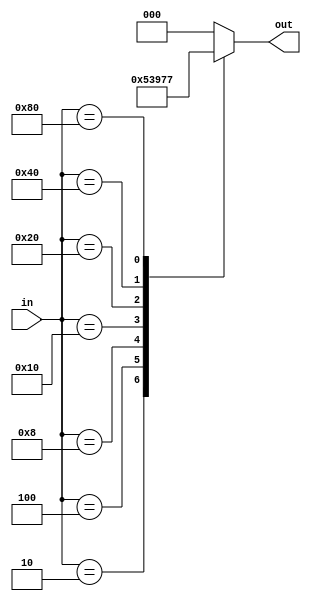
//Design

/*module encoder_8x3(Y0,Y1,Y2,D0,D1,D2,D3,D4,D5,D6,D7);
input D0,D1,D2,D3,D4,D5,D6,D7;
output Y0,Y1,Y2;
assign Y0=D1|D3|D5|D7;
assign Y1=D2|D3|D6|D7;
assign Y2=D4|D5|D6|D7;
endmodule*/
module encoder_8x3(input [7:0] in,output reg [2:0] out);

  always @ (*) begin
    case(in)
      8'b00000001: out = 3'b000;
      8'b00000010: out = 3'b001;
      8'b00000100: out = 3'b010;
      8'b00001000: out = 3'b011;
      8'b00010000: out = 3'b100;
      8'b00100000: out = 3'b101;
      8'b01000000: out = 3'b110;
      8'b10000000: out = 3'b111;
      default: out = 3'b000; 
    endcase
  end

endmodule

//Test Bench:

/*module encoder_8x3_tb();
reg D0,D1,D2,D3,D4,D5,D6,D7;
wire Y0,Y1,Y2;
encoder_8x3 en1(Y0,Y1,Y2,D0,D1,D2,D3,D4,D5,D6,D7);
initial
begin
$monitor($time," D0=%b D1=%b D2=%b D3=%b D4=%b D5=%b D6=%b D7=%b Y0=%b Y1=%b Y2=%b",D0,D1,D2,D3,D4,D5,D6,D7,Y0,Y1,Y2);
end
initial
begin
	D0=1'b1; D1=1'b0; D2=1'b0; D3=1'b0; D4=1'b0; D5=1'b0; D6=1'b0; D7=1'b0;
	#5;
	D0=1'b0; D1=1'b1; D2=1'b0; D3=1'b0; D4=1'b0; D5=1'b0; D6=1'b0; D7=1'b0;
	#5;
	D0=1'b0; D1=1'b0; D2=1'b1; D3=1'b0; D4=1'b0; D5=1'b0; D6=1'b0; D7=1'b0;
	#5;
	D0=1'b0; D1=1'b0; D2=1'b0; D3=1'b1; D4=1'b0; D5=1'b0; D6=1'b0; D7=1'b0;
	#5;
	D0=1'b0; D1=1'b0; D2=1'b0; D3=1'b0; D4=1'b1; D5=1'b0; D6=1'b0; D7=1'b0;
	#5;
	D0=1'b0; D1=1'b0; D2=1'b0; D3=1'b0; D4=1'b0; D5=1'b1; D6=1'b0; D7=1'b0;
	#5;
	D0=1'b0; D1=1'b0; D2=1'b0; D3=1'b0; D4=1'b0; D5=1'b0; D6=1'b1; D7=1'b0;
	#5;
	D0=1'b0; D1=1'b0; D2=1'b0; D3=1'b0; D4=1'b0; D5=1'b0; D6=1'b0; D7=1'b1;
	#5;
end
initial
begin
$dumpfile("encoder_8x3.dump");
$dumpvars(0,encoder_8x3_tb);
end
endmodule*/
module encoder_8x3_tb();
  reg [7:0] in;
  wire [2:0] out;

encoder_8x3 en1(.in(in),.out(out));

integer i;
initial begin
$monitor($time," D7=%b D6=%b D5=%b D4=%b D3=%b D2=%b D1=%b D0=%b out[2]=%b out[1]=%b out[0]=%b",in[7],in[6],in[5],in[4],in[3],in[2],in[1],in[0],out[2],out[1],out[0]);
end
initial
begin
	in[0]=1'b1; in[1]=1'b0; in[2]=1'b0; in[3]=1'b0; in[4]=1'b0; in[5]=1'b0; in[6]=1'b0; in[7]=1'b0;
	#5;
	in[0]=1'b0; in[1]=1'b1; in[2]=1'b0; in[3]=1'b0; in[4]=1'b0; in[5]=1'b0; in[6]=1'b0; in[7]=1'b0;
	#5;
	in[0]=1'b0; in[1]=1'b0; in[2]=1'b1; in[3]=1'b0; in[4]=1'b0; in[5]=1'b0; in[6]=1'b0; in[7]=1'b0;
	#5;
	in[0]=1'b0; in[1]=1'b0; in[2]=1'b0; in[3]=1'b1; in[4]=1'b0; in[5]=1'b0; in[6]=1'b0; in[7]=1'b0;
	#5;
	in[0]=1'b0; in[1]=1'b0; in[2]=1'b0; in[3]=1'b0; in[4]=1'b1; in[5]=1'b0; in[6]=1'b0; in[7]=1'b0;
	#5;
	in[0]=1'b0; in[1]=1'b0; in[2]=1'b0; in[3]=1'b0; in[4]=1'b0; in[5]=1'b1; in[6]=1'b0; in[7]=1'b0;
	#5;
	in[0]=1'b0; in[1]=1'b0; in[2]=1'b0; in[3]=1'b0; in[4]=1'b0; in[5]=1'b0; in[6]=1'b1; in[7]=1'b0;
	#5;
	in[0]=1'b0; in[1]=1'b0; in[2]=1'b0; in[3]=1'b0; in[4]=1'b0; in[5]=1'b0; in[6]=1'b0; in[7]=1'b1;
	#5;
end
  
initial begin
$dumpfile("encoder_8x3.dump");
$dumpvars(0,encoder_8x3_tb);
end
endmodule